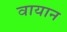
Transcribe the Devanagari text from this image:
वायान